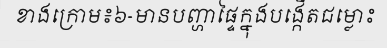
ខាងក្រោម៖៦-មានបញ្ហាផ្ទៃក្នុងបង្កើតជម្លោះ